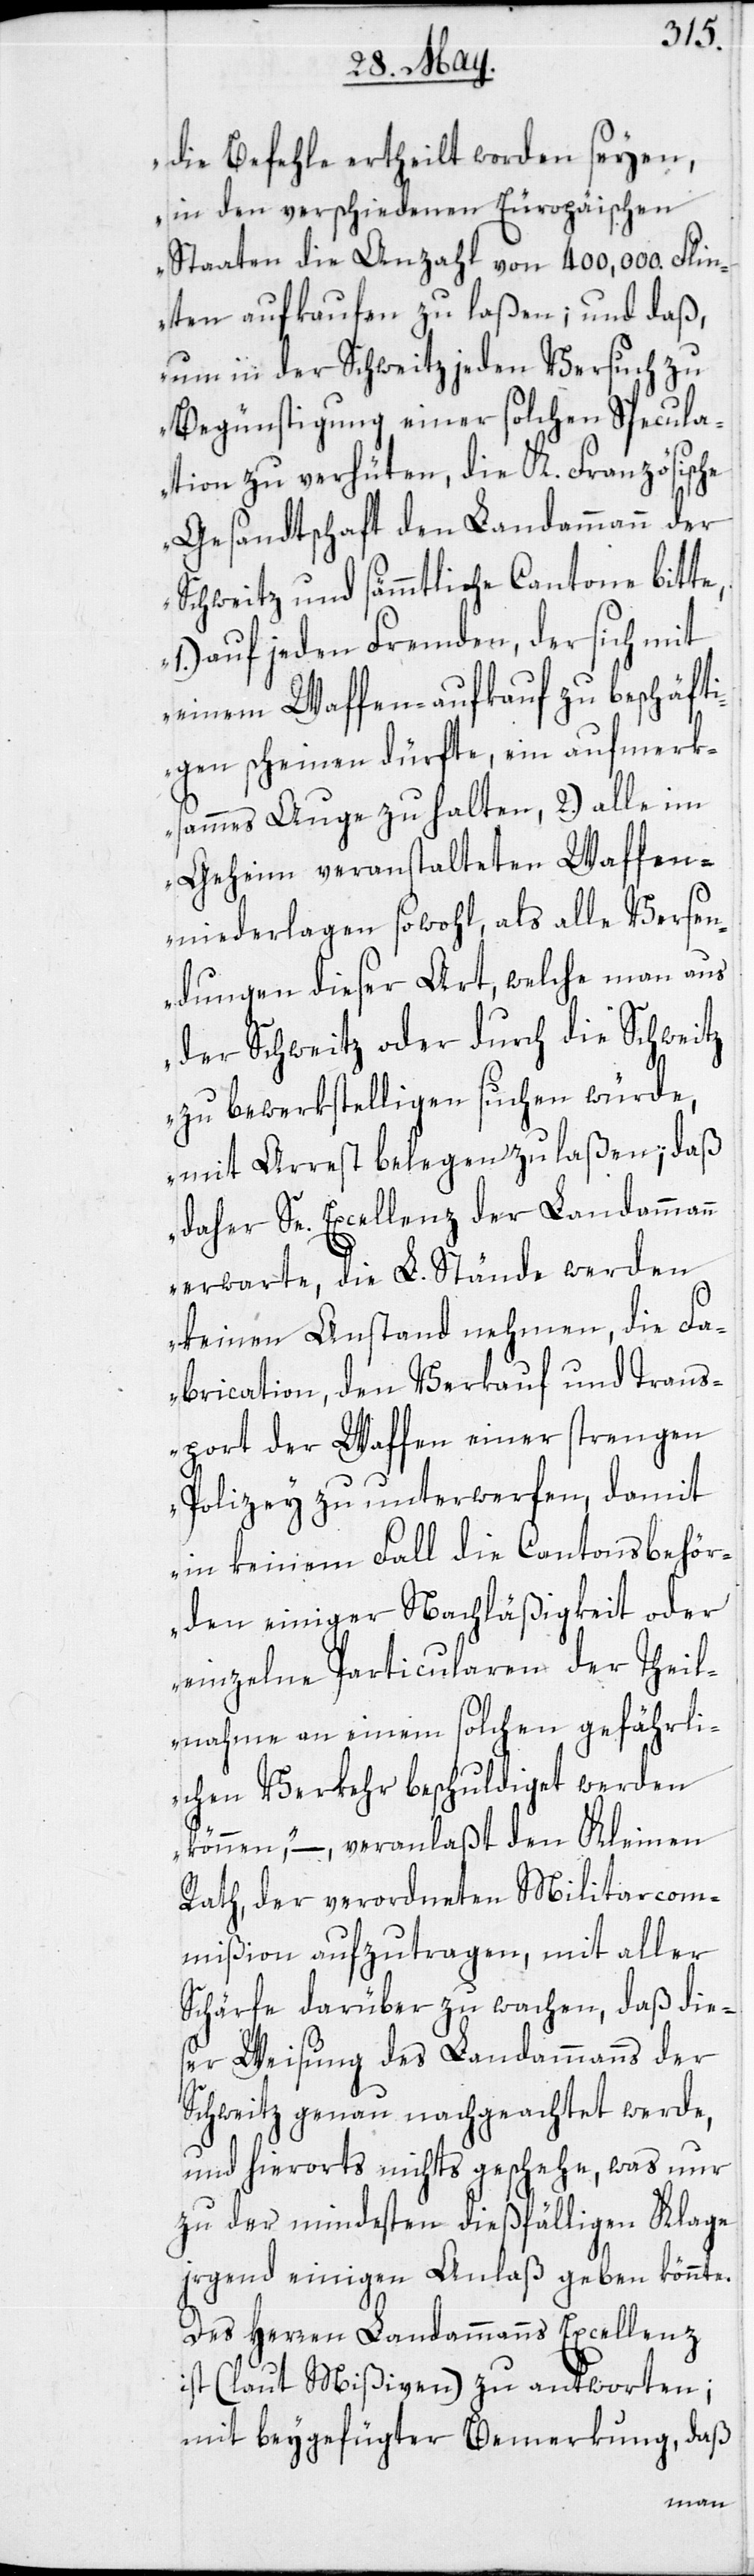
die Befehle ertheilt worden seyen,
in den verschiedenen Europäischen
Staaten die Anzahl von 400,000. Flin¬
ten aufkaufen zu laßen; und daß,
um in der Schweitz jeden Versuch zu
Begünstigung einer solchen Specula¬
tion zu verhüten, die K. Französische
Gesandtschaft den Landammann der
Schweitz und sämmtliche Cantone bitte,
1.) auf jeden Fremden, der sich mit
einem Waffenaufkauf zu beschäfti¬
gen scheinen dürfte, ein aufmer¬
ksammes Auge zu halten, 2.) alle im
Geheim veranstalteten Waffen¬
niederlagen sowohl, als alle Versen¬
dungen dieser Art, welche man aus
der Schweitz oder durch die Schweitz
zu bewerkstelligen suchen würde,
mit Arrest belegen zu laßen; daß
daher Se. Excellenz der Landammann
erwarte, die L. Stände werden
keinen Anstand nehmen, die Fa¬
brication, den Verkauf und Trans¬
port der Waffen einer strengen
Polizey zu unterwerfen, damit
in keinem Fall die Cantonsbehör¬
den einiger Nachläßigkeit oder
einzelne Particularen der Theil¬
nahme an einem solchen gefährli¬
chen Verkehr beschuldiget werden
können,“ –, veranlaßt den Kleinen
Rath, der verordneten Militarcom¬
mißion aufzutragen, mit aller
Schärfe darüber zu wachen, daß die¬
ser Weisung des Landammanns der
Schweitz genau nachgeachtet werde,
und hierorts nichts geschehe, was nur
zu der mindesten dießfälligen Klage
jrgend einigen Anlaß geben könnte.
Des Herren Landammanns Excellenz
ist (laut Mißiven) zu antworten;
mit beygefügter Bemerkung, daß